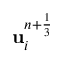
\mathbf u _ { i } ^ { n + \frac { 1 } { 3 } }